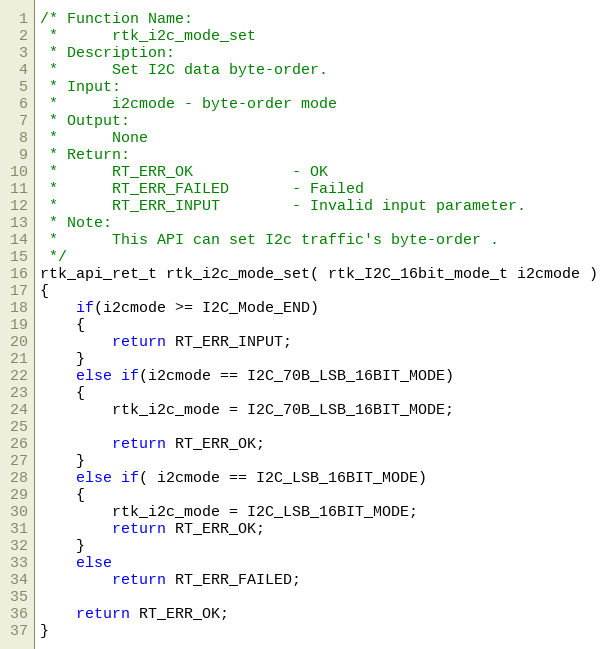
Language: C
/* Function Name:
 *      rtk_i2c_mode_set
 * Description:
 *      Set I2C data byte-order.
 * Input:
 *      i2cmode - byte-order mode
 * Output:
 *      None
 * Return:
 *      RT_ERR_OK           - OK
 *      RT_ERR_FAILED       - Failed
 *      RT_ERR_INPUT        - Invalid input parameter.
 * Note:
 *      This API can set I2c traffic's byte-order .
 */
rtk_api_ret_t rtk_i2c_mode_set( rtk_I2C_16bit_mode_t i2cmode )
{
    if(i2cmode >= I2C_Mode_END)
    {
        return RT_ERR_INPUT;
    }
    else if(i2cmode == I2C_70B_LSB_16BIT_MODE)
    {
        rtk_i2c_mode = I2C_70B_LSB_16BIT_MODE;

        return RT_ERR_OK;
    }
    else if( i2cmode == I2C_LSB_16BIT_MODE)
    {
        rtk_i2c_mode = I2C_LSB_16BIT_MODE;
        return RT_ERR_OK;
    }
    else
        return RT_ERR_FAILED;

    return RT_ERR_OK;
}